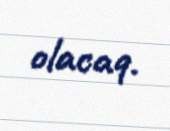
olacaq.